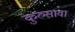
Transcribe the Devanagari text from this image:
कुरुसावा